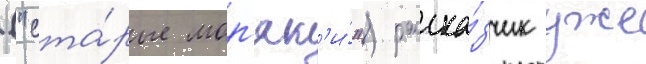
("ста́рые мор'як'и́") расска́зчик уже